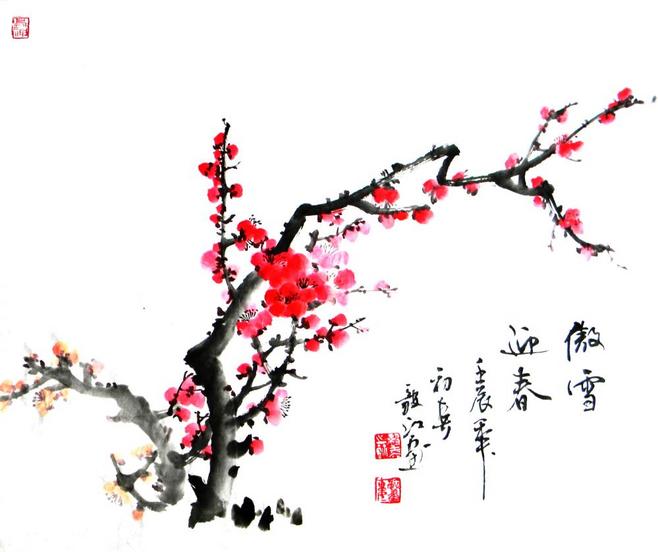
遥知不是雪，为有暗香来。